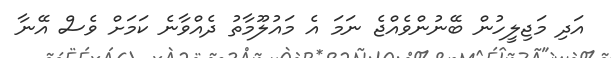
އަދި މަޖިލީހުން ބޭނުންވެއްޖެ ނަމަ އެ މައުލޫމާތު ދެއްވާނެ ކަމަށް ވެސް އޭނާ